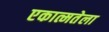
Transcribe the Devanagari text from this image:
एकात्मतेला